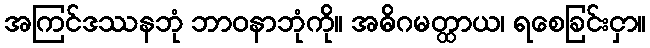
အကြင်ဒဿနဘုံ ဘာဝနာဘုံကို။ အဓိဂမတ္ထာယ၊ ရစေခြင်းငှာ။